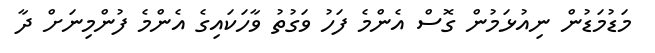
މަޑުމަޑުން ނިއުޅަމުން ގޮސް އެންމެ ފަހު ވަގުތު ވާހަކައިގެ އެންމެ ފުންމިނަށް ދާ